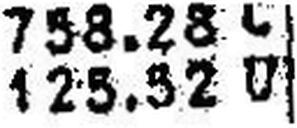
125.52 U